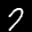
Label: 7